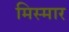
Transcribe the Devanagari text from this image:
मिस्मार